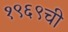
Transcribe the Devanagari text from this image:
१९६९ची